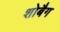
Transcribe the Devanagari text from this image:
शोबैग